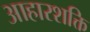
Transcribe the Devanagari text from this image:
आहारशक्ति